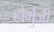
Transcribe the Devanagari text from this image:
होर्मुजी